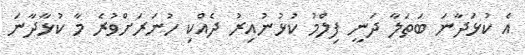
އެ ކުޅަދާނަ ބަތަލާ ދަނީ ފިލްމު ކުޅުނުއިރު ދެއްކި ހުނަރަށްވުރެ މާ ކުޅާދާނަ